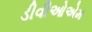
ડીવીઓએમ